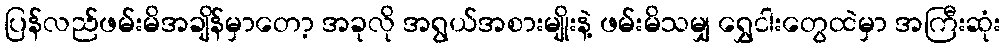
ပြန်လည်ဖမ်းမိအချိန်မှာတော့ အခုလို အရွယ်အစားမျိုးနဲ့ ဖမ်းမိသမျှ ရွှေငါးတွေထဲမှာ အကြီးဆုံး